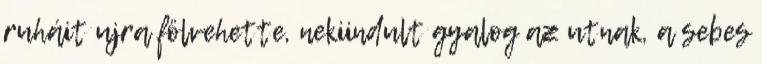
ruháit ujra fölvehette, nekiindult gyalog az utnak, a sebes